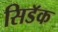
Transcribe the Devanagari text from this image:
सिडॅक